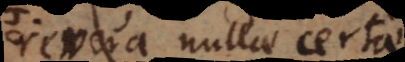
revera nullae certae